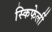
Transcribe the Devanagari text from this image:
स्किफेर्ली